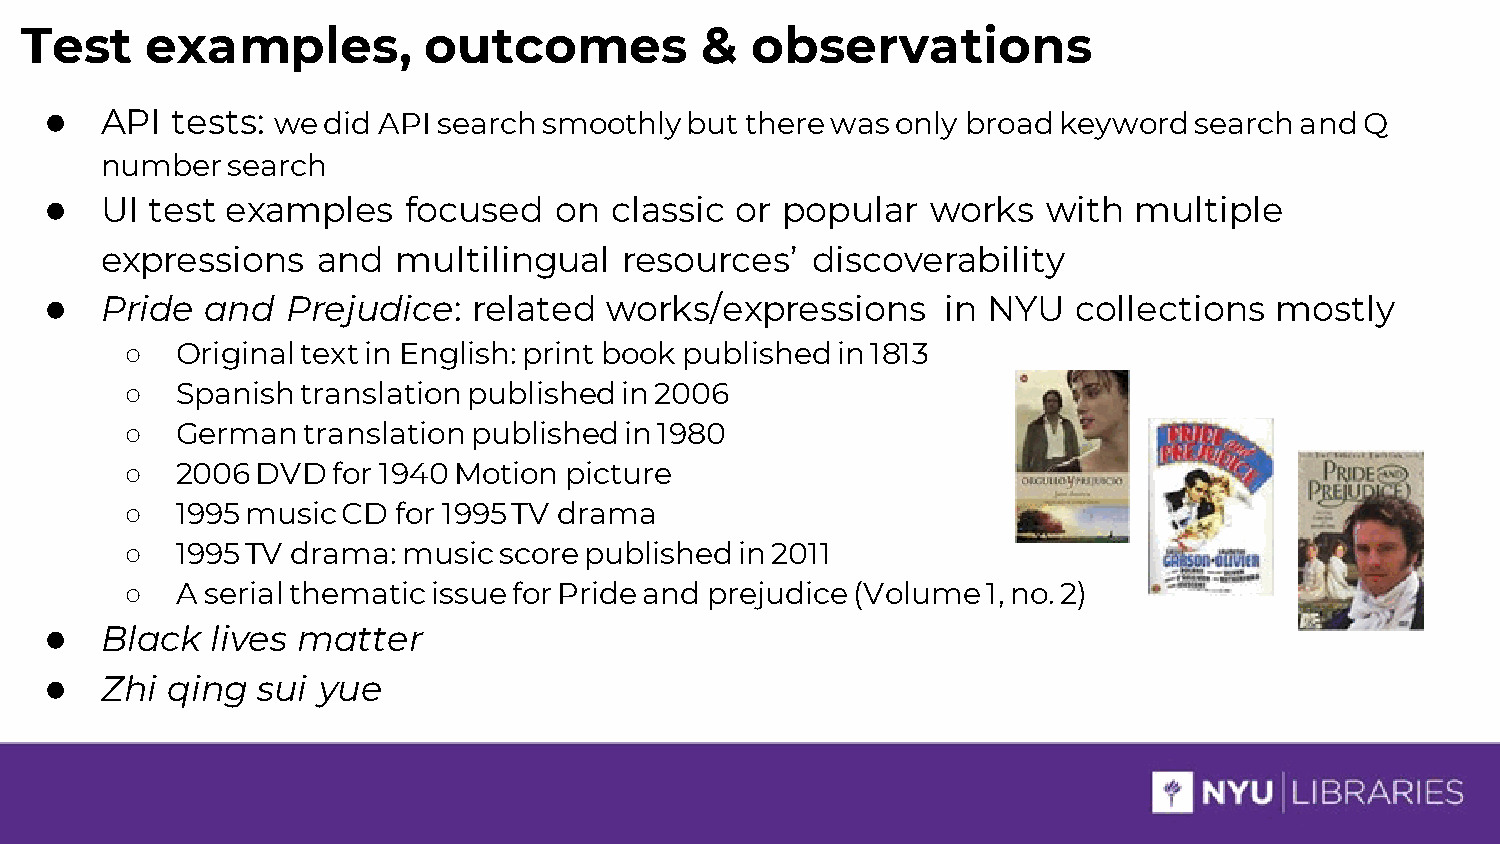
Test     examples,         outcomes          &   observations
 ●   API tests: we did API search smoothly  but there was only broad keyword search and Q
 number  search
 ●   UI test examples    focused   on  classic or popular   works  with  multiple
 expressions   and  multilingual   resources’   discoverability
 ●   Pride  and  Prejudice:  related  works/expressions     in NYU   collections  mostly
 ○   Original text in English: print book published in 1813
 ○   Spanish translation published in 2006
 ○   German  translation published in 1980
 ○   2006 DVD  for 1940 Motion picture
 ○   1995 music CD for 1995 TV drama
 ○   1995 TV drama: music score published in 2011
 ○   A serial thematic issue for Pride and prejudice (Volume 1, no. 2)
 ●   Black  lives matter
 ●   Zhi qing  sui yue